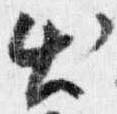
出